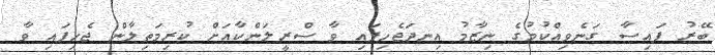
ބޭރު ފައިސާ ގަނެވިއްކުމުގެ ނިޒާމު އިނދަޖެހިފައި ވާ ސްރީލަންކާއަށް ކުރިމަތިލާން ޖެހިފައި ވާ